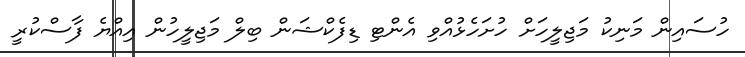
ހުސައިން މަނިކު މަޖިލީހަށް ހުށަހެޅުއްވި އެންޓި ޑިފެކްޝަން ބިލް މަޖިލީހުން އިއްޔެ ފާސްކުރީ